Indian journal of veterinary science and animal husbandry - Volume 5,
Year: 1935
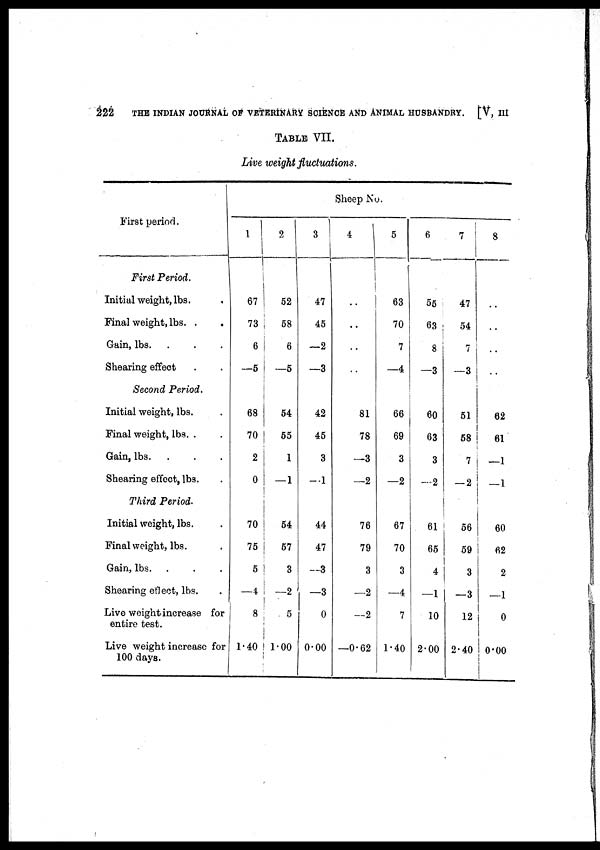
222
THE INDIAN JOURNAL OF VETERINARY SCIENCE AND ANIMAL HUSBANDRY. [V, III
TABLE VII.
Live weight fluctuations.
First period.
First Period.
Initial weight, lbs. .
Final weight, lbs. .
Gain, lbs . . .
Shearing effect . .
Second Period.
Initial weight, lbs. .
Final weight, lbs. .
Gain, lbs.
.
Shearing effect, lbs.
Third Period.
Initial weight, lbs.
Final weight, lbs.
Gain, lbs..
Shearing effect, lbs.
Live weight increase for
entire test.
Live weight increase for
100 days.
Sheep No.
1
67
73
6
—5
68
70
2
0
70
75
5
—4
8
1.40
2
52
58
6
—5
54
55
1
— 1
54
57
3
—2
5
1.00
3
47
45
—2
—3
42
45
3
—1
44
47
—3
—3
0
0.00
4
..
..
..
..
81
78
—3
—2
76
79
3
—2
—2
—0.62
5
63
70
7
—4
66
69
3
—2
67
70
3
—4
7
1.40
6
55
63
8
—3
60
63
3
— 2
61
65
4
—1
10
2.00
7
47
54
7
—3
51
58
7
— 2
56
59
3
—3
12
2.40
8
..
..
..
..
62
61
—1
—1
60
62
2
—1
0
0.00